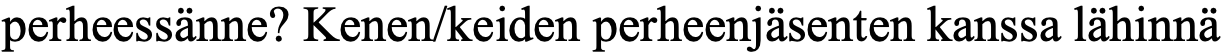
perheessänne? Kenen/keiden perheenjäsenten kanssa lähinnä